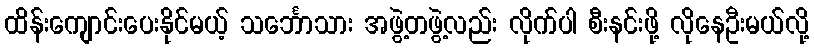
ထိန်းကျောင်းပေးနိုင်မယ့် သင်္ဘောသား အဖွဲ့တဖွဲ့လည်း လိုက်ပါ စီးနင်းဖို့ လိုနေဦးမယ်လို့